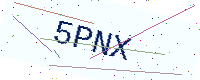
Text: 5PNX